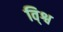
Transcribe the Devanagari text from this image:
वि्श्व